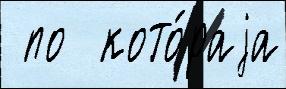
 по  кото́раjа